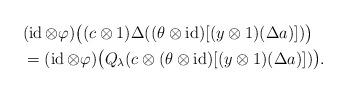
LaTeX: \begin{align*}&(\operatorname{id}\otimes\varphi)\bigl((c\otimes1)\Delta((\theta\otimes\operatorname{id})[(y\otimes1)(\Delta a)])\bigr) \\ &=(\operatorname{id}\otimes\varphi)\bigl(Q_{\lambda}(c\otimes(\theta\otimes\operatorname{id})[(y\otimes1)(\Delta a)])\bigr).\end{align*}